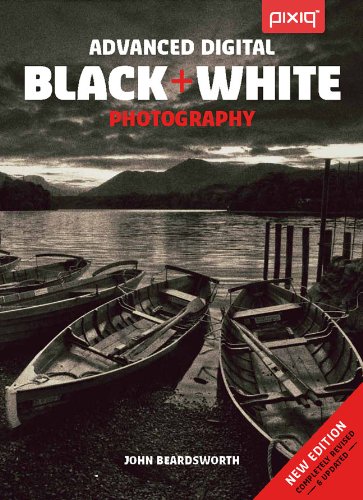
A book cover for Advanced Digital Black & White Photography; John Beardsworth; Arts & Photography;